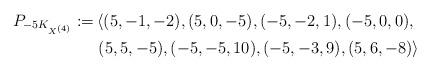
LaTeX: \begin{align*}P_{-5K_{X^{(4)}}}:=&\left< (5,-1,-2), (5,0,-5), (-5,-2,1), (-5,0,0),\right.\\&\left. (5,5,-5), (-5,-5,10), (-5,-3,9), (5,6,-8) \right>\end{align*}